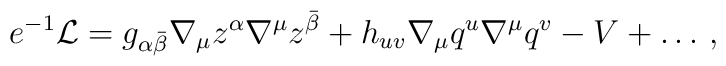
e^{-1}{\cal L}= g_{\alpha \bar \beta }\nabla _\mu z^\alpha \nabla ^\mu z^{\bar \beta  }+ h_{uv}\nabla _\mu q^u \nabla ^\mu q^v -V+\ldots \,,